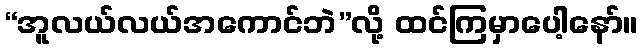
“အူလယ်လယ်အကောင်ဘဲ”လို့ ထင်ကြမှာပေါ့နော်။